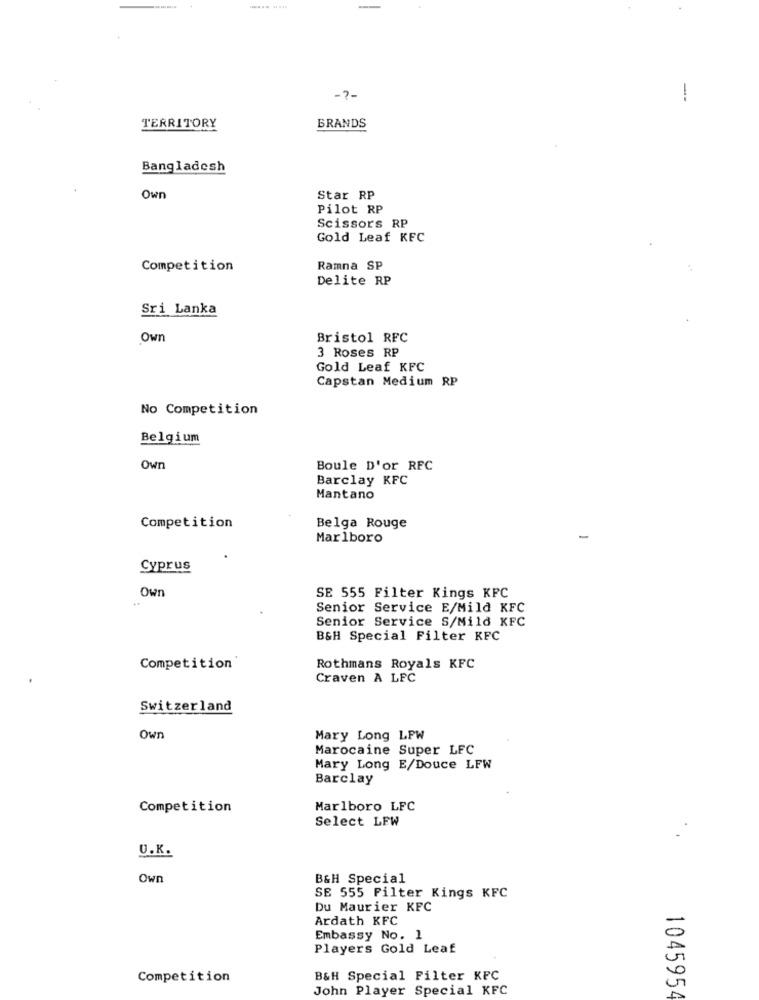
-?-
!
TERRITORY
BRANDS
Bangladesh
Own
Star RP
Pilot RP
Scissors RP
Gold Leaf KFC
Competition
Ramna SP
Delite RP
Sri Lanka
Own
Bristol RFC
3 Roses RP
Gold Leaf KFC
Capstan Medium RP
No Competition
Belgium
Owr
Boule D'or RFC
Barclay KFC
Mantano
Competition
Belga Rouge
Marlboro
-
Cyprus
Own
SE 555 Filter Kings KFC
Senior Service E/Mild KFC
Senior Service S/Mild KFC
B&H Special Filter KFC
Competition
Rothmans Royals KFC
Craven A LFC
Switzerland
Own
Mary Long LPW
Marocaine Super LFC
Mary Long E/Douce LFW
Barclay
Competition
Marlboro LFC
Select LEW
U.K.
Own
B&H Special
SB 555 Filter Kings KFC
Du Maurier KFC
Ardath KFC
Embassy No. 1
Players Gold Leaf
Competition
B&H Special Filter KFC
John Player Special KFC
1045954